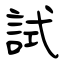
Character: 試